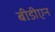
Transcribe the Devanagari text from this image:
बीडीएन